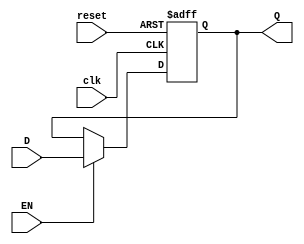
`timescale 1ns / 1ps

module D_reg #(parameter WIDTH = 8) (input clk, reset, EN, input [WIDTH-1:0] D, output reg [WIDTH-1:0] Q);
    always@(posedge clk, posedge reset)
        if(reset) Q <= 0;
        else if(EN) Q <= D;
        else Q <= Q;
endmodule